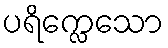
ပရိက္လေသော